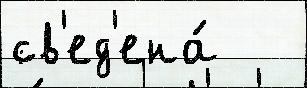
св'ед'ена́